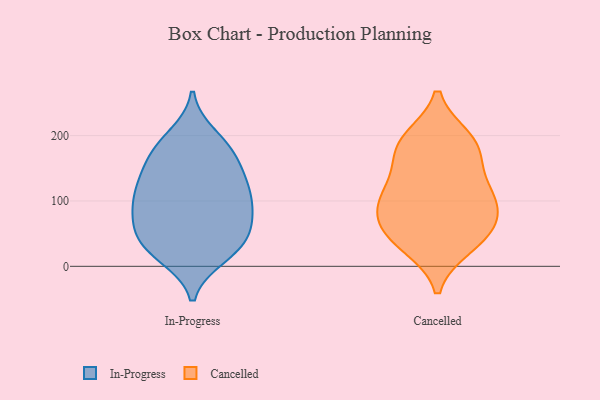
{"axis": {"x": "Conversion Rate (%)", "y": "Value"}, "legend": ["Cancelled", "In-Progress"], "data": [{"x": "", "y": 175, "type": "In-Progress"}, {"x": "", "y": 34, "type": "In-Progress"}, {"x": "", "y": 69, "type": "In-Progress"}, {"x": "", "y": 77, "type": "In-Progress"}, {"x": "", "y": 127, "type": "In-Progress"}, {"x": "", "y": 145, "type": "In-Progress"}, {"x": "", "y": 31, "type": "In-Progress"}, {"x": "", "y": 107, "type": "In-Progress"}, {"x": "", "y": 134, "type": "In-Progress"}, {"x": "", "y": 173, "type": "In-Progress"}, {"x": "", "y": 61, "type": "In-Progress"}, {"x": "", "y": 118, "type": "In-Progress"}, {"x": "", "y": 16, "type": "In-Progress"}, {"x": "", "y": 22, "type": "In-Progress"}, {"x": "", "y": 182, "type": "In-Progress"}, {"x": "", "y": 42, "type": "In-Progress"}, {"x": "", "y": 93, "type": "In-Progress"}, {"x": "", "y": 92, "type": "In-Progress"}, {"x": "", "y": 199, "type": "In-Progress"}, {"x": "", "y": 91, "type": "Cancelled"}, {"x": "", "y": 56, "type": "Cancelled"}, {"x": "", "y": 31, "type": "Cancelled"}, {"x": "", "y": 38, "type": "Cancelled"}, {"x": "", "y": 106, "type": "Cancelled"}, {"x": "", "y": 195, "type": "Cancelled"}, {"x": "", "y": 78, "type": "Cancelled"}, {"x": "", "y": 189, "type": "Cancelled"}, {"x": "", "y": 49, "type": "Cancelled"}, {"x": "", "y": 189, "type": "Cancelled"}, {"x": "", "y": 115, "type": "Cancelled"}, {"x": "", "y": 140, "type": "Cancelled"}, {"x": "", "y": 168, "type": "Cancelled"}, {"x": "", "y": 97, "type": "Cancelled"}]}